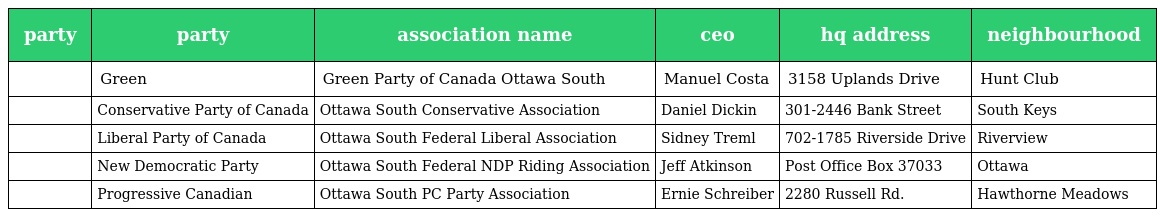
| party | party | association name | ceo | hq address | neighbourhood |
 | --- | --- | --- | --- | --- | --- |
 |  | Green | Green Party of Canada Ottawa South | Manuel Costa | 3158 Uplands Drive | Hunt Club |
 |  | Conservative Party of Canada | Ottawa South Conservative Association | Daniel Dickin | 301-2446 Bank Street | South Keys |
 |  | Liberal Party of Canada | Ottawa South Federal Liberal Association | Sidney Treml | 702-1785 Riverside Drive | Riverview |
 |  | New Democratic Party | Ottawa South Federal NDP Riding Association | Jeff Atkinson | Post Office Box 37033 | Ottawa |
 |  | Progressive Canadian | Ottawa South PC Party Association | Ernie Schreiber | 2280 Russell Rd. | Hawthorne Meadows |